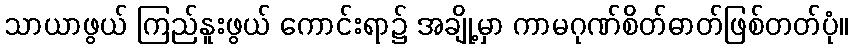
သာယာဖွယ် ကြည်နူးဖွယ် ကောင်းရာ၌ အချို့မှာ ကာမဂုဏ်စိတ်ဓာတ်ဖြစ်တတ်ပုံ။